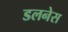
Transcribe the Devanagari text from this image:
डलनेस